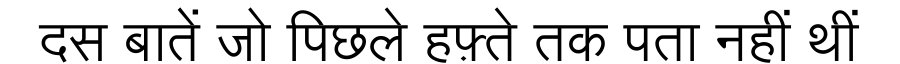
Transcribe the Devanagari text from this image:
दस बातें जो पिछले हफ़्ते तक पता नहीं थीं